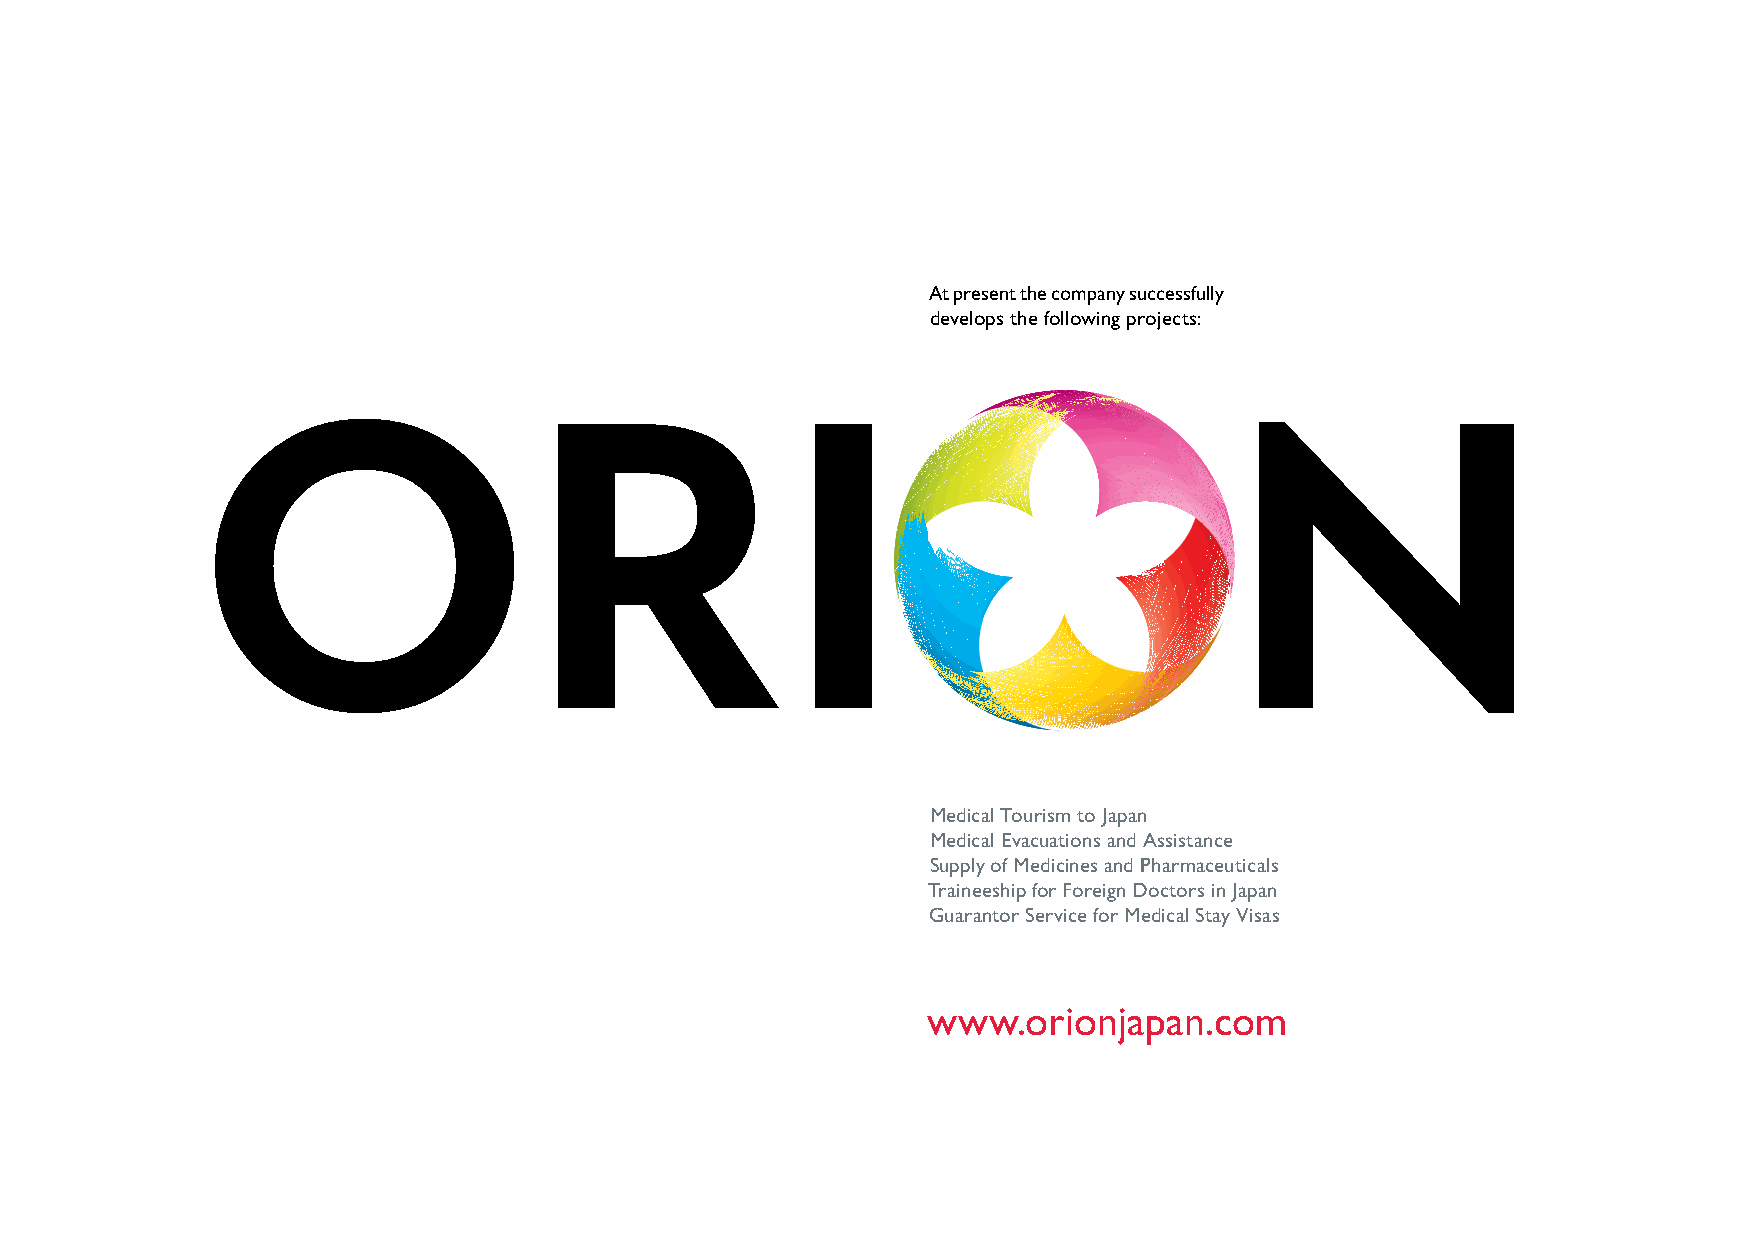
At present the company successfully
 develops the following projects:
 Medical Tourism to Japan
 Medical Evacuations and Assistance
 Supply of Medicines and Pharmaceuticals
 Traineeship for Foreign Doctors in Japan
 Guarantor Service for Medical Stay Visas
 www.orionjapan.com